Leningradi_Edasi_toimetus, lk 64
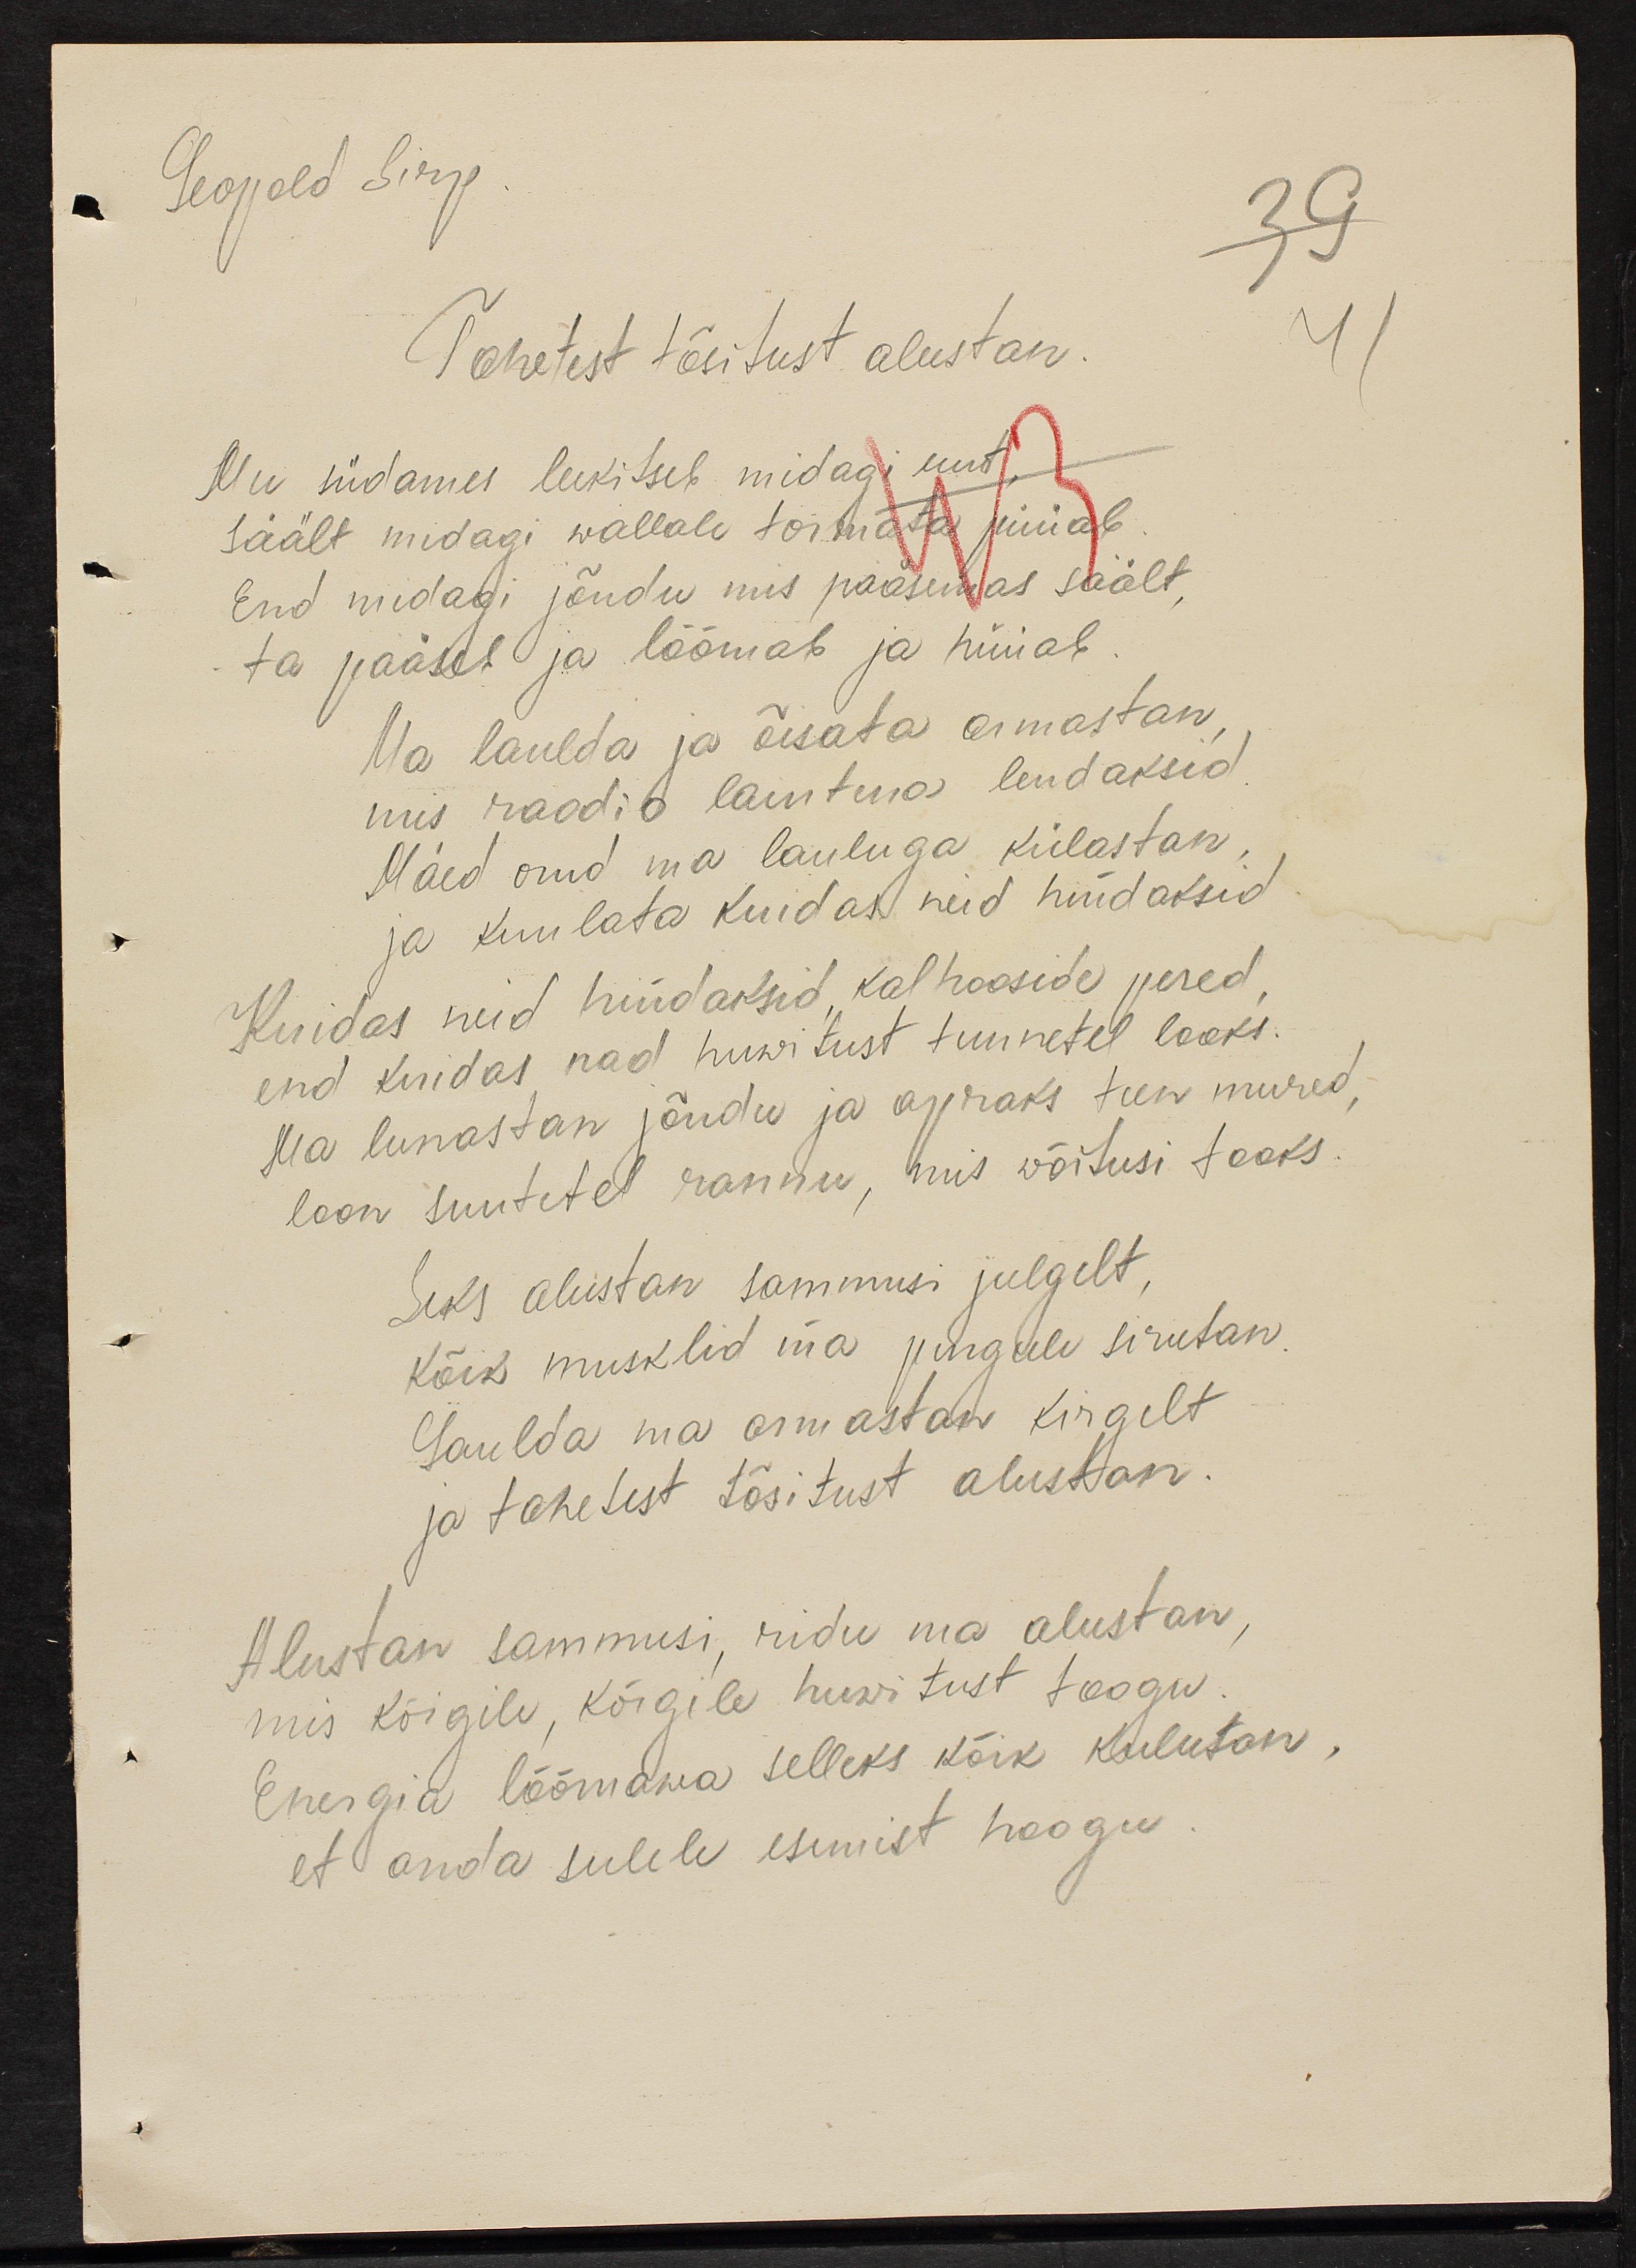
Leopold Sirp
Tahetest tõsitust alustan.
Mu südames leekitseb midagi uut
säält midagi wallale toimata püüab
End midagi jõudu mis pääsemas säält,
ta pääseb ja lõõmab ja hüüab
Ma laulda ja õisata armastan
mis raadio laintuse lendaksid
Mäed orud ma lauluga külastan
ja kuulata kuidas neid hüüdaksid
Kuidas neid hüüdaksid kolhooside pered
end kuidas nad huwitust tunnetel looks
Ma lunastan jõudu ja apraks teen mured
loon suutetel rannu, mis wõitusi tooks
Seks alustan sammusi julgelt,
kõik musklid ma pingule sirutan
Laulda ma armastan kirgelt
ja tahetest tõsitust alustan.
Alustan sammusi, ridu ma alustan,
mis kõigile, kõigile huwitust toogu.
Energia lõõmawa selleks kõik kulutan
et anda sulele enimist hoogu.